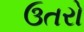
ઉતરો